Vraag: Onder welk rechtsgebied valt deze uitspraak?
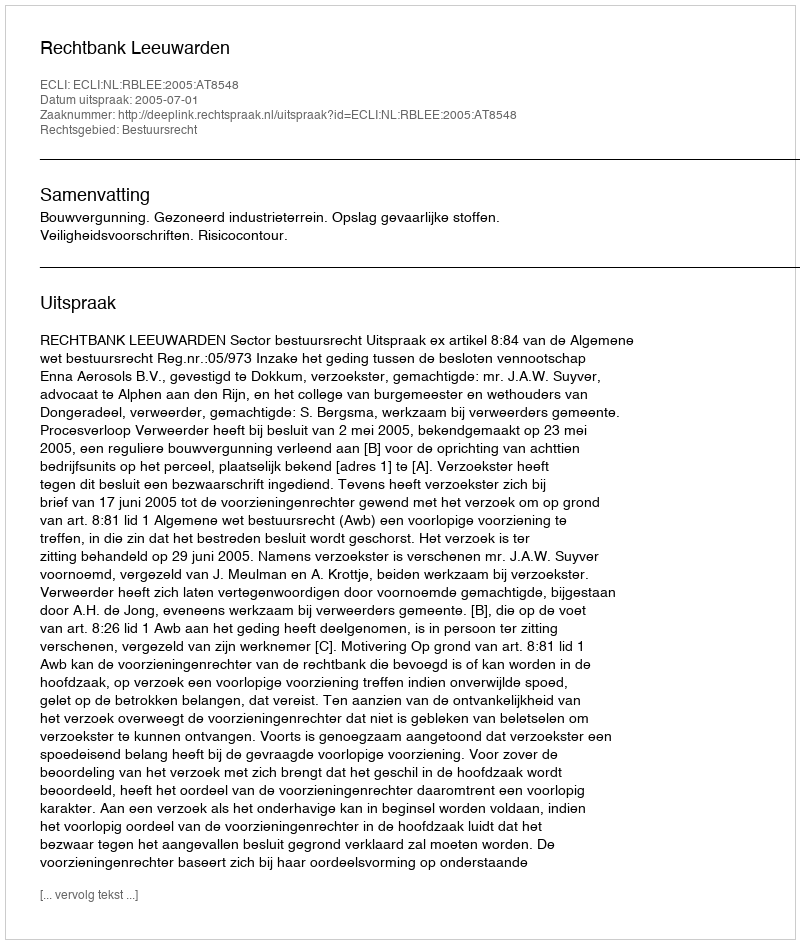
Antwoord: Bestuursrecht